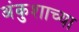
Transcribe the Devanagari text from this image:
अंकुशाच्या